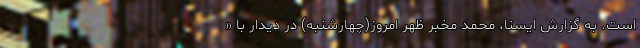
است. به گزارش ایسنا، محمد مخبر ظهر امروز(چهارشنبه) در دیدار با «